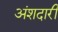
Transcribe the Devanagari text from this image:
अंशदारी